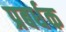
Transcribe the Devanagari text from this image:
प्रबर्धक